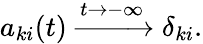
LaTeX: a_{ki}(t)\xrightarrow{t\to-\infty}\delta_{ki}.